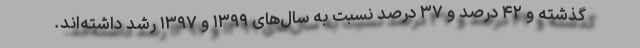
گذشته و ۴۲ درصد و ۳۷ درصد نسبت به سال‌های ۱۳۹۹ و ۱۳۹۷ رشد داشته‌اند.